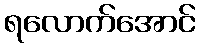
ရလောက်အောင်